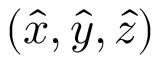
\left( \boldsymbol { \hat { x } } , \boldsymbol { \hat { y } } , \boldsymbol { \hat { z } } \right)